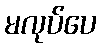
မလုပ်ပေ